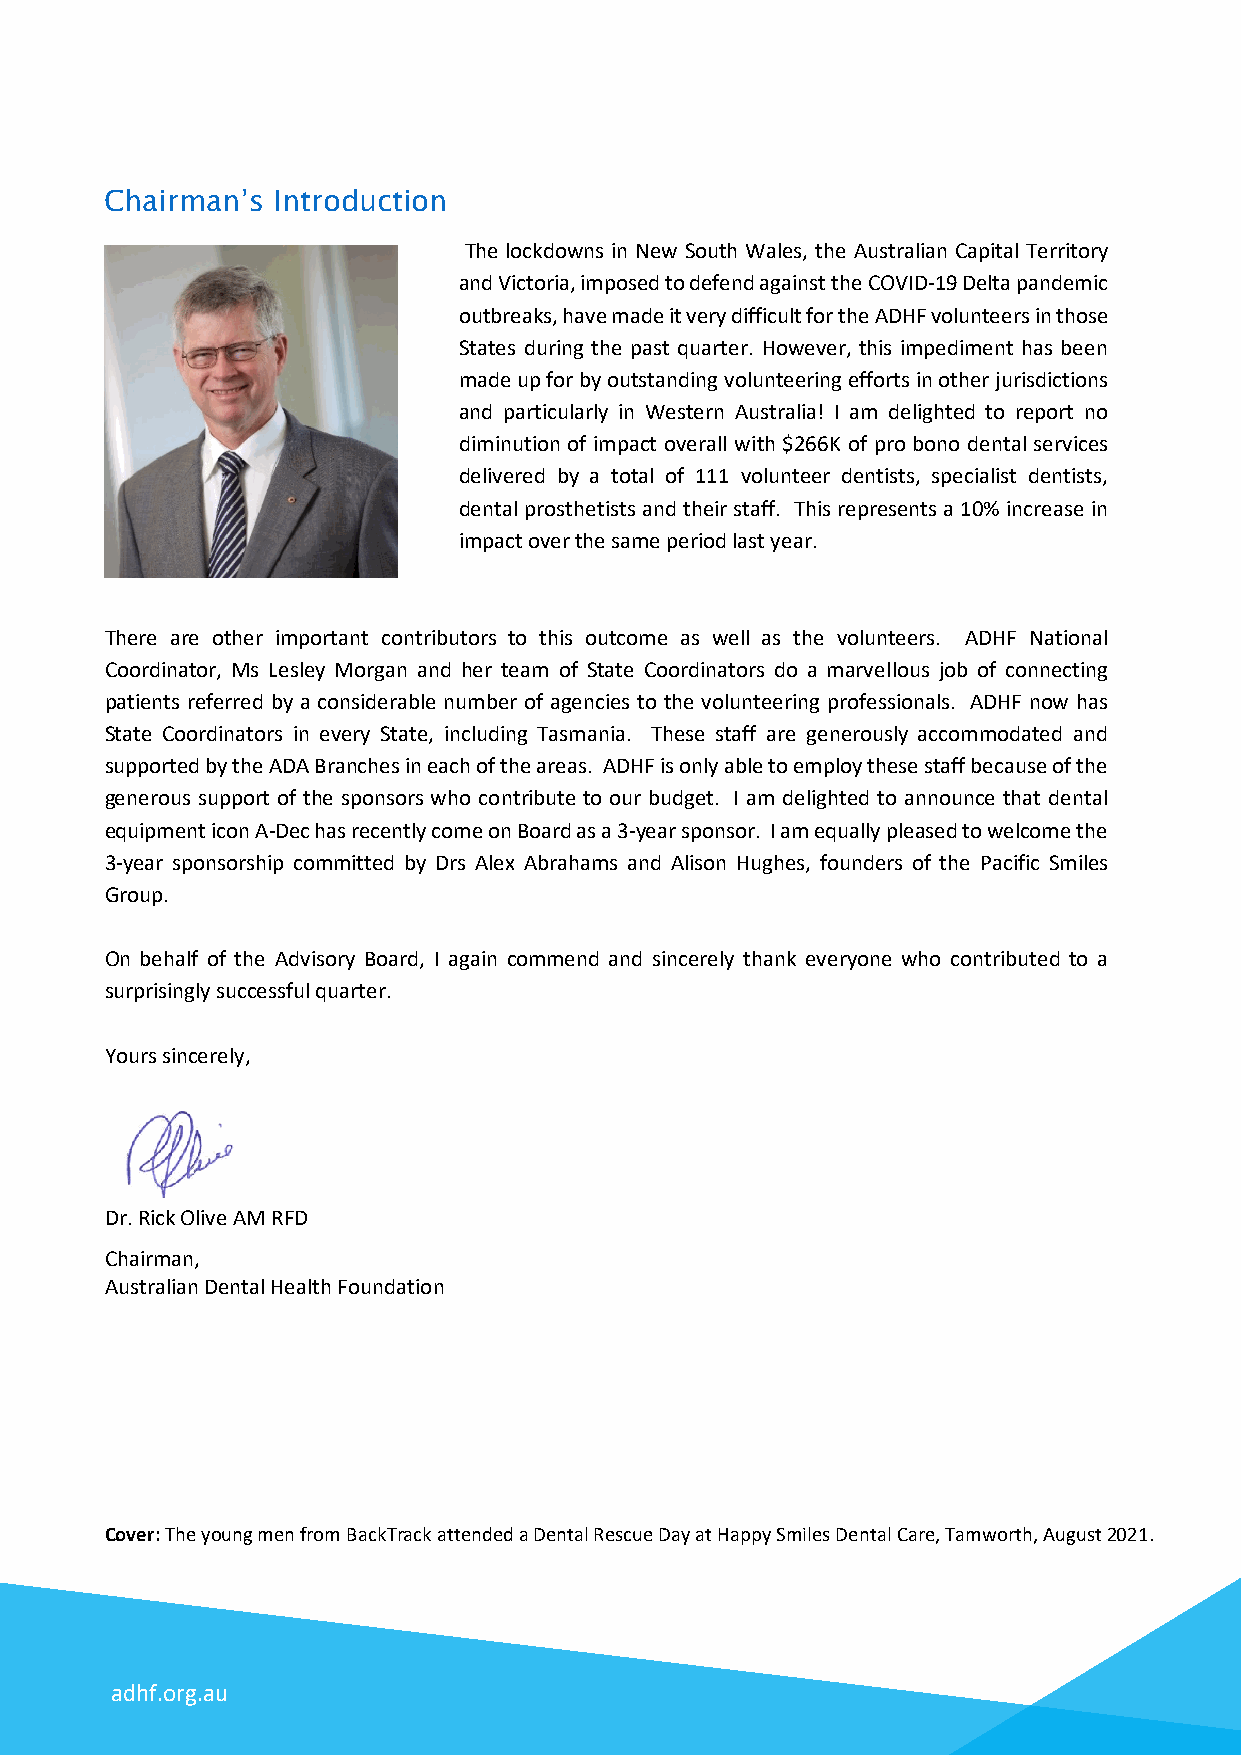
Chairman’s Introduction
 The lockdowns in New South Wales, the Australian Capital Territory
 and Victoria, imposed to defend against the COVID-19 Delta pandemic
 outbreaks, have made it very difficult for the ADHF volunteers in those
 States during the past quarter. However, this impediment has been
 made up for by outstanding volunteering efforts in other jurisdictions
 and particularly in Western Australia! I am delighted to report no
 diminution of impact overall with $266K of pro bono dental services
 delivered by a total of 111 volunteer dentists, specialist dentists,
 dental prosthetists and their staff. This represents a 10% increase in
 impact over the same period last year.
 There are other important contributors to this outcome as well as the volunteers. ADHF National
 Coordinator, Ms Lesley Morgan and her team of State Coordinators do a marvellous job of connecting
 patients referred by a considerable number of agencies to the volunteering professionals. ADHF now has
 State Coordinators in every State, including Tasmania. These staff are generously accommodated and
 supported by the ADA Branches in each of the areas. ADHF is only able to employ these staff because of the
 generous support of the sponsors who contribute to our budget. I am delighted to announce that dental
 equipment icon A-Dec has recently come on Board as a 3-year sponsor. I am equally pleased to welcome the
 3-year sponsorship committed by Drs Alex Abrahams and Alison Hughes, founders of the Pacific Smiles
 Group.
 On behalf of the Advisory Board, I again commend and sincerely thank everyone who contributed to a
 surprisingly successful quarter.
 Yours sincerely,
 Dr. Rick Olive AM RFD
 Chairman,
 Australian Dental Health Foundation
 Cover: The young men from BackTrack attended a Dental Rescue Day at Happy Smiles Dental Care, Tamworth, August 2021.
 adhf.org.au